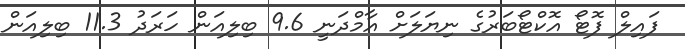
ފައިލް ފޮޓޯ އޮކްޓޯބަރުގެ ނިޔަލަށް އާމްދަނީ 9.6 ބިލިއަން ހަރަދު 11.3 ބިލިއަން